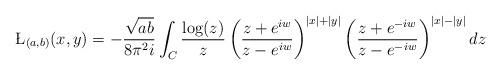
LaTeX: \begin{align*} \L_{(a,b)}(x,y) &= -\frac{\sqrt{a b}}{8 \pi^2 i } \int_C \frac{\log(z)}{z} \left(\frac{z+e^{ i w}}{z-e^{ i w}}\right)^{|x|+|y|} \left(\frac{z+e^{-i w}}{z-e^{-i w}}\right)^{|x|-|y|} dz\end{align*}